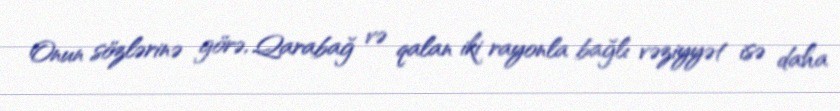
Onun sözlərinə görə, Qarabağ və qalan iki rayonla bağlı vəziyyət isə daha